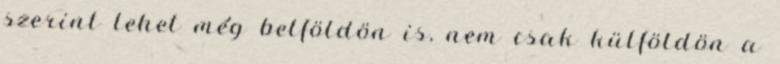
szerint lehet még belföldön is, nem csak külföldön a